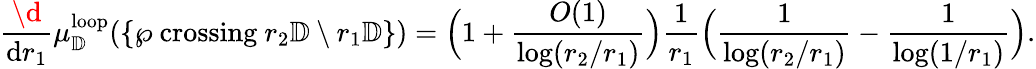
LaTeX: \frac{\d}{\mathrm{d}r_{1}}\mu_{\mathbb{D}}^{\mathrm{loop}}(\{ \wp\mathrm{~crossing~}r_{2}\mathbb{D}\setminus r_{1}\mathbb{D}\} )=\Big(1+\frac{O(1)}{\log(r_{2}/r_{1})}\Big)\frac{1}{r_{1}}\Big(\frac{1}{\log(r_{2}/r_{1})}-\frac{1}{\log(1/r_{1})}\Big).